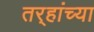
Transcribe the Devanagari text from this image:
तर्‍हांच्या